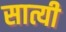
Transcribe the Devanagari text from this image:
सात्यी